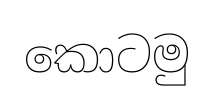
කොටමු